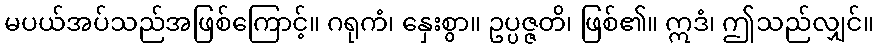
မပယ်အပ်သည်အဖြစ်ကြောင့်။ ဂရုကံ၊ နှေးစွာ။ ဥပ္ပဇ္ဇတိ၊ ဖြစ်၏။ ဣဒံ၊ ဤသည်လျှင်။